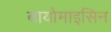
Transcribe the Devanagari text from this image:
बायोमाइसिन